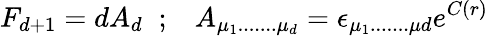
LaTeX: F_{d+1}=dA_{d}\; \; ;\; \; \; A_{\mu_{1}.......\mu_{d}}=\epsilon_{\mu_{1}.......\mu{d}}e^{C(r)}